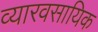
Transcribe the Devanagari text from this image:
व्यारवसायिक